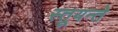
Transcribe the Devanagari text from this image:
स्तूयन्ते